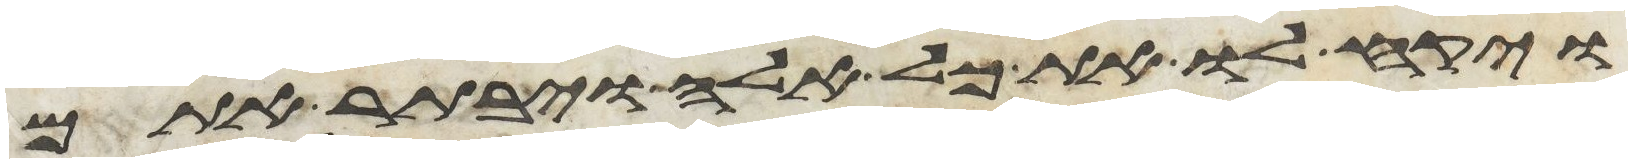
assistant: ויקח לו את כל אלה ויבתר אתם